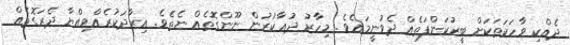
ދެއްކި ވާހަކަތަކަށް ބީރުކަންފަތެއް ދެވުނީމައެވެ. މިހާރު ދުޢާކުރުން ނޫންގޮތެއް ނެތެވެ. އިރާދަކުރެއްވިއްޔާ ދެރަގޮތެއް